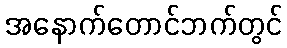
အနောက်တောင်ဘက်တွင်